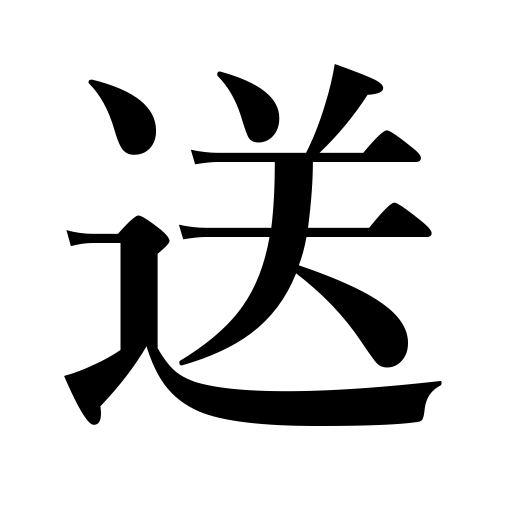
Meanings: see home,transmit,send,see off,spend one's time,escort,live a life,sending,remit,ship,add